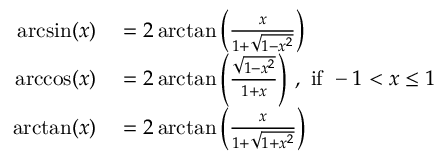
\begin{array} { r l } { \arcsin ( x ) } & { { } = 2 \arctan \left( { \frac { x } { 1 + { \sqrt { 1 - x ^ { 2 } } } } } \right) } \\ { \operatorname { a r c c o s } ( x ) } & { { } = 2 \arctan \left( { \frac { \sqrt { 1 - x ^ { 2 } } } { 1 + x } } \right) \, , { \mathrm { ~ i f ~ } } - 1 < x \leq 1 } \\ { \arctan ( x ) } & { { } = 2 \arctan \left( { \frac { x } { 1 + { \sqrt { 1 + x ^ { 2 } } } } } \right) } \end{array}